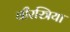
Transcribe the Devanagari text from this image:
वीरस्त्रिया